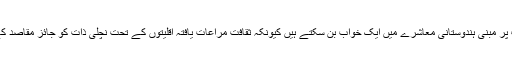
ظاہر ہے کہ اس کے عزائم ذات پات پر مبنی ہندوستانی معاشرے میں ایک خواب بن سکتے ہیں کیونکہ ثقافت مراعات یافتہ اقلیتوں کے تحت نچلی ذات کو جائز مقاصد کے حصول کی اجازت نہیں دیتی ہے۔